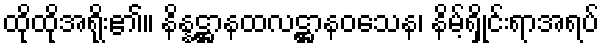
ထိုထိုအရိုး၏။ နိန္နဋ္ဌာနထလဋ္ဌာနဝသေန၊ နိမ့်ရှိုင်းရာအရပ်